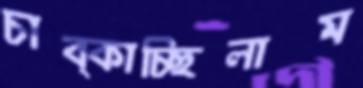
চাব্‌কাচ্ছিলাম